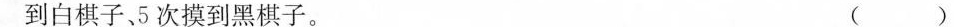
到白棋子、5次摸到黑棋子。 ( )